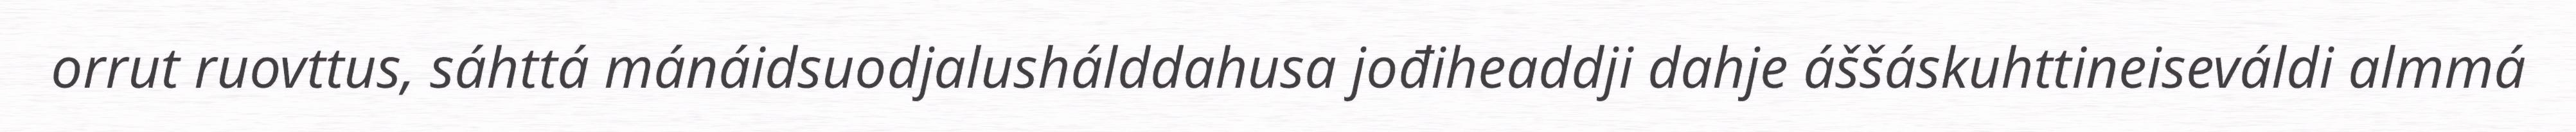
orrut ruovttus, sáhttá mánáidsuodjalushálddahusa jođiheaddji dahje áššáskuhttineiseváldi almmá